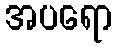
အပရော